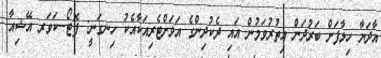
އާދަޔާ ހިލާފަށް ބަރުދަން އިތުރުވަމުން އައި ދެކުދިންގެ އަވަށްޓެރިއަކާއެކު ހިނގަނީ: ފޮޓޯ--ކަވަރ އޭޝިއާ